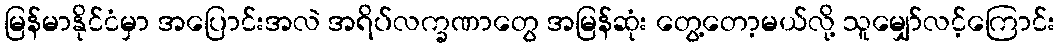
မြန်မာနိုင်ငံမှာ အပြောင်းအလဲ အရိပ်လက္ခဏာတွေ အမြန်ဆုံး တွေ့တော့မယ်လို့ သူမျှော်လင့်ကြောင်း